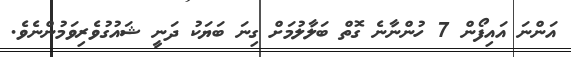
އަންނަ އައިފޯން 7 ހުންނާނެ ގޮތް ބަލާލުމަށް ގިނަ ބަޔަކު ދަނީ ޝައުގުވެރިވަމުންނެވެ.